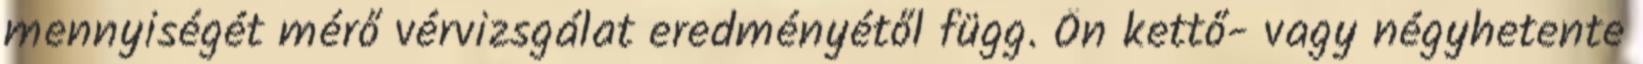
mennyiségét mérő vérvizsgálat eredményétől függ. Ön kettő- vagy négyhetente